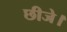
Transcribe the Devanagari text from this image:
छीजे।